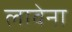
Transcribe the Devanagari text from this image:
लावेना